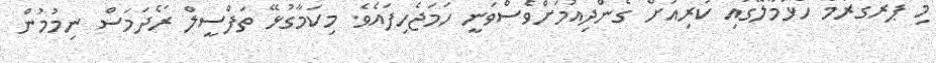
މި ޕްރޮގްރާމް ހުޅުމާލޭގައި ކުރިއަށް ގެންދިއުމަށްވެސްވަނީ ހަމަޖެހިފައެވެ. މިކަމާގުޅޭ ތަފްސީލް ރޯދަމަސް ނިމުމުން